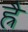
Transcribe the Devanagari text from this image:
ह्रैं